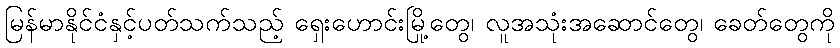
မြန်မာနိုင်ငံနှင့်ပတ်သက်သည့် ရှေးဟောင်းမြို့တွေ၊ လူအသုံးအဆောင်တွေ၊ ခေတ်တွေကို